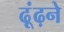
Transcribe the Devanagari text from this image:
ढ़ूंढ़ने